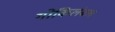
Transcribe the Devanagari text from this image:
गोकिलंबल